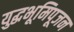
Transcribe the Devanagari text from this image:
युद्धभूमिपूजन